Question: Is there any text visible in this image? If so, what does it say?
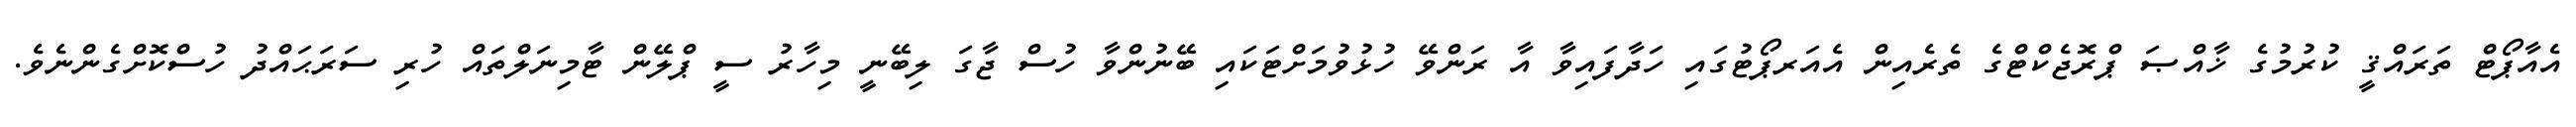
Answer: އެއާޕޯޓް ތަރައްޤީ ކުރުމުގެ ޚާއްޞަ ޕްރޮޖެކްޓްގެ ތެރެއިން އެއަރޕޯޓުގައި ހަދާފައިވާ އާ ރަންވޭ ހުޅުވުމަށްޓަކައި ބޭނުންވާ ހުސް ޖާގަ ލިބޭނީ މިހާރު ސީ ޕްލޭން ޓާމިނަލްތައް ހުރި ސަރަޙައްދު ހުސްކޮށްގެންނެވެ.